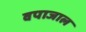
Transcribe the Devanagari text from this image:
वपाजाल